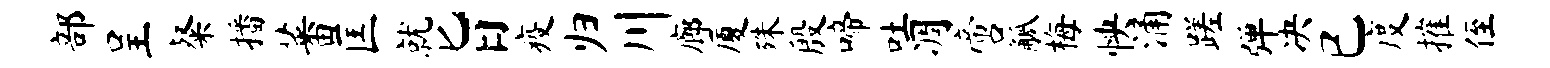
部呈粲播蕃匡就旨疫归川廊厦殊殷啼吐凋啻觚梅怏涌蹉弹决已度摧侄